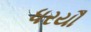
ધરયૌ